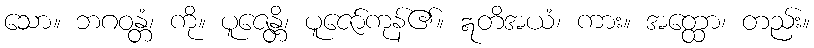
သော။ ဘဂဝန္တံ၊ ကို။ ပူဇေန္တိ၊ ပူဇော်ကုန်၏။ ဣတိအယံ၊ ကား။ အတ္ထော၊ တည်း။